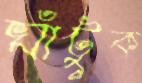
ঘাঁটুক